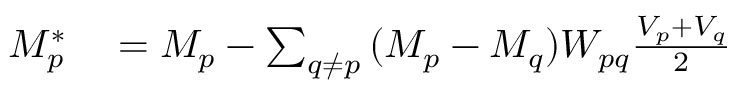
\begin{array} { r l } { M _ { p } ^ { * } } & { { } = M _ { p } - \sum _ { q \neq p } { ( M _ { p } - M _ { q } ) W _ { p q } \frac { V _ { p } + V _ { q } } { 2 } } } \end{array}